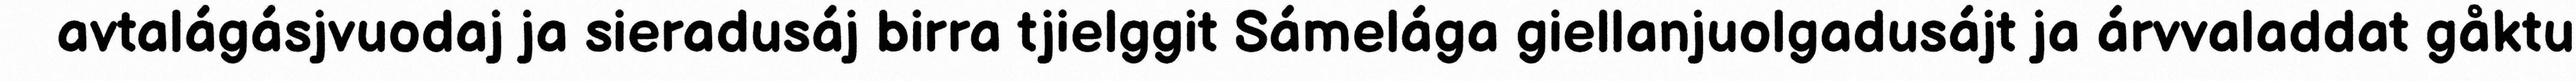
avtalágásjvuodaj ja sieradusáj birra tjielggit Sámelága giellanjuolgadusájt ja árvvaladdat gåktu